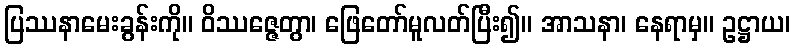
ပြဿနာမေးခွန်းကို။ ဝိဿဇ္ဇေတွာ၊ ဖြေတော်မူလတ်ပြီး၍။ အာသနာ၊ နေရာမှ။ ဥဋ္ဌာယ၊